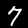
Digit: 7